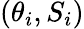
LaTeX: (\theta_{i},S_{i})